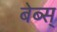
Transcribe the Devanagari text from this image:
बेब्स्